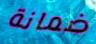
ضمانة